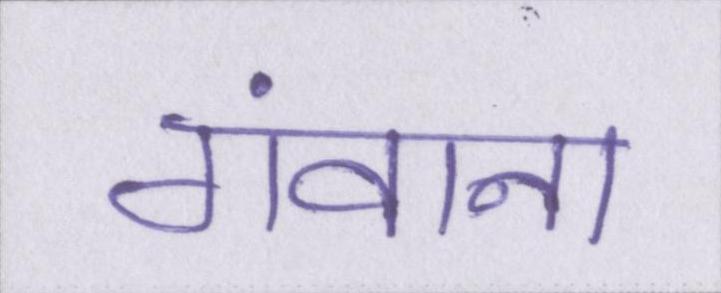
गंवाना